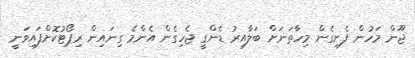
ޖޫން މަހުން ފެށިގެން މިހާތަނަށް ބަލާއިރު ޑެންގީ ޖެހިގެން އެންމެ ގިނައިން ރިޕޯޓުކޮށްފައިވަނީ